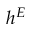
h ^ { E }